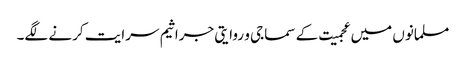
مسلمانوں میں عجمیت کے سماجی و روایتی جراثیم سرایت کرنے لگے۔